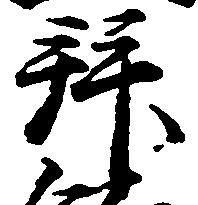
拝